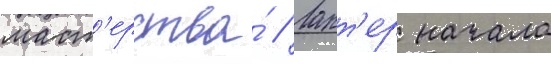
маст'ерства́ // Ларт'ер начала